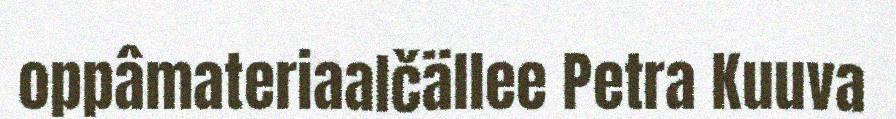
oppâmateriaalčällee Petra Kuuva